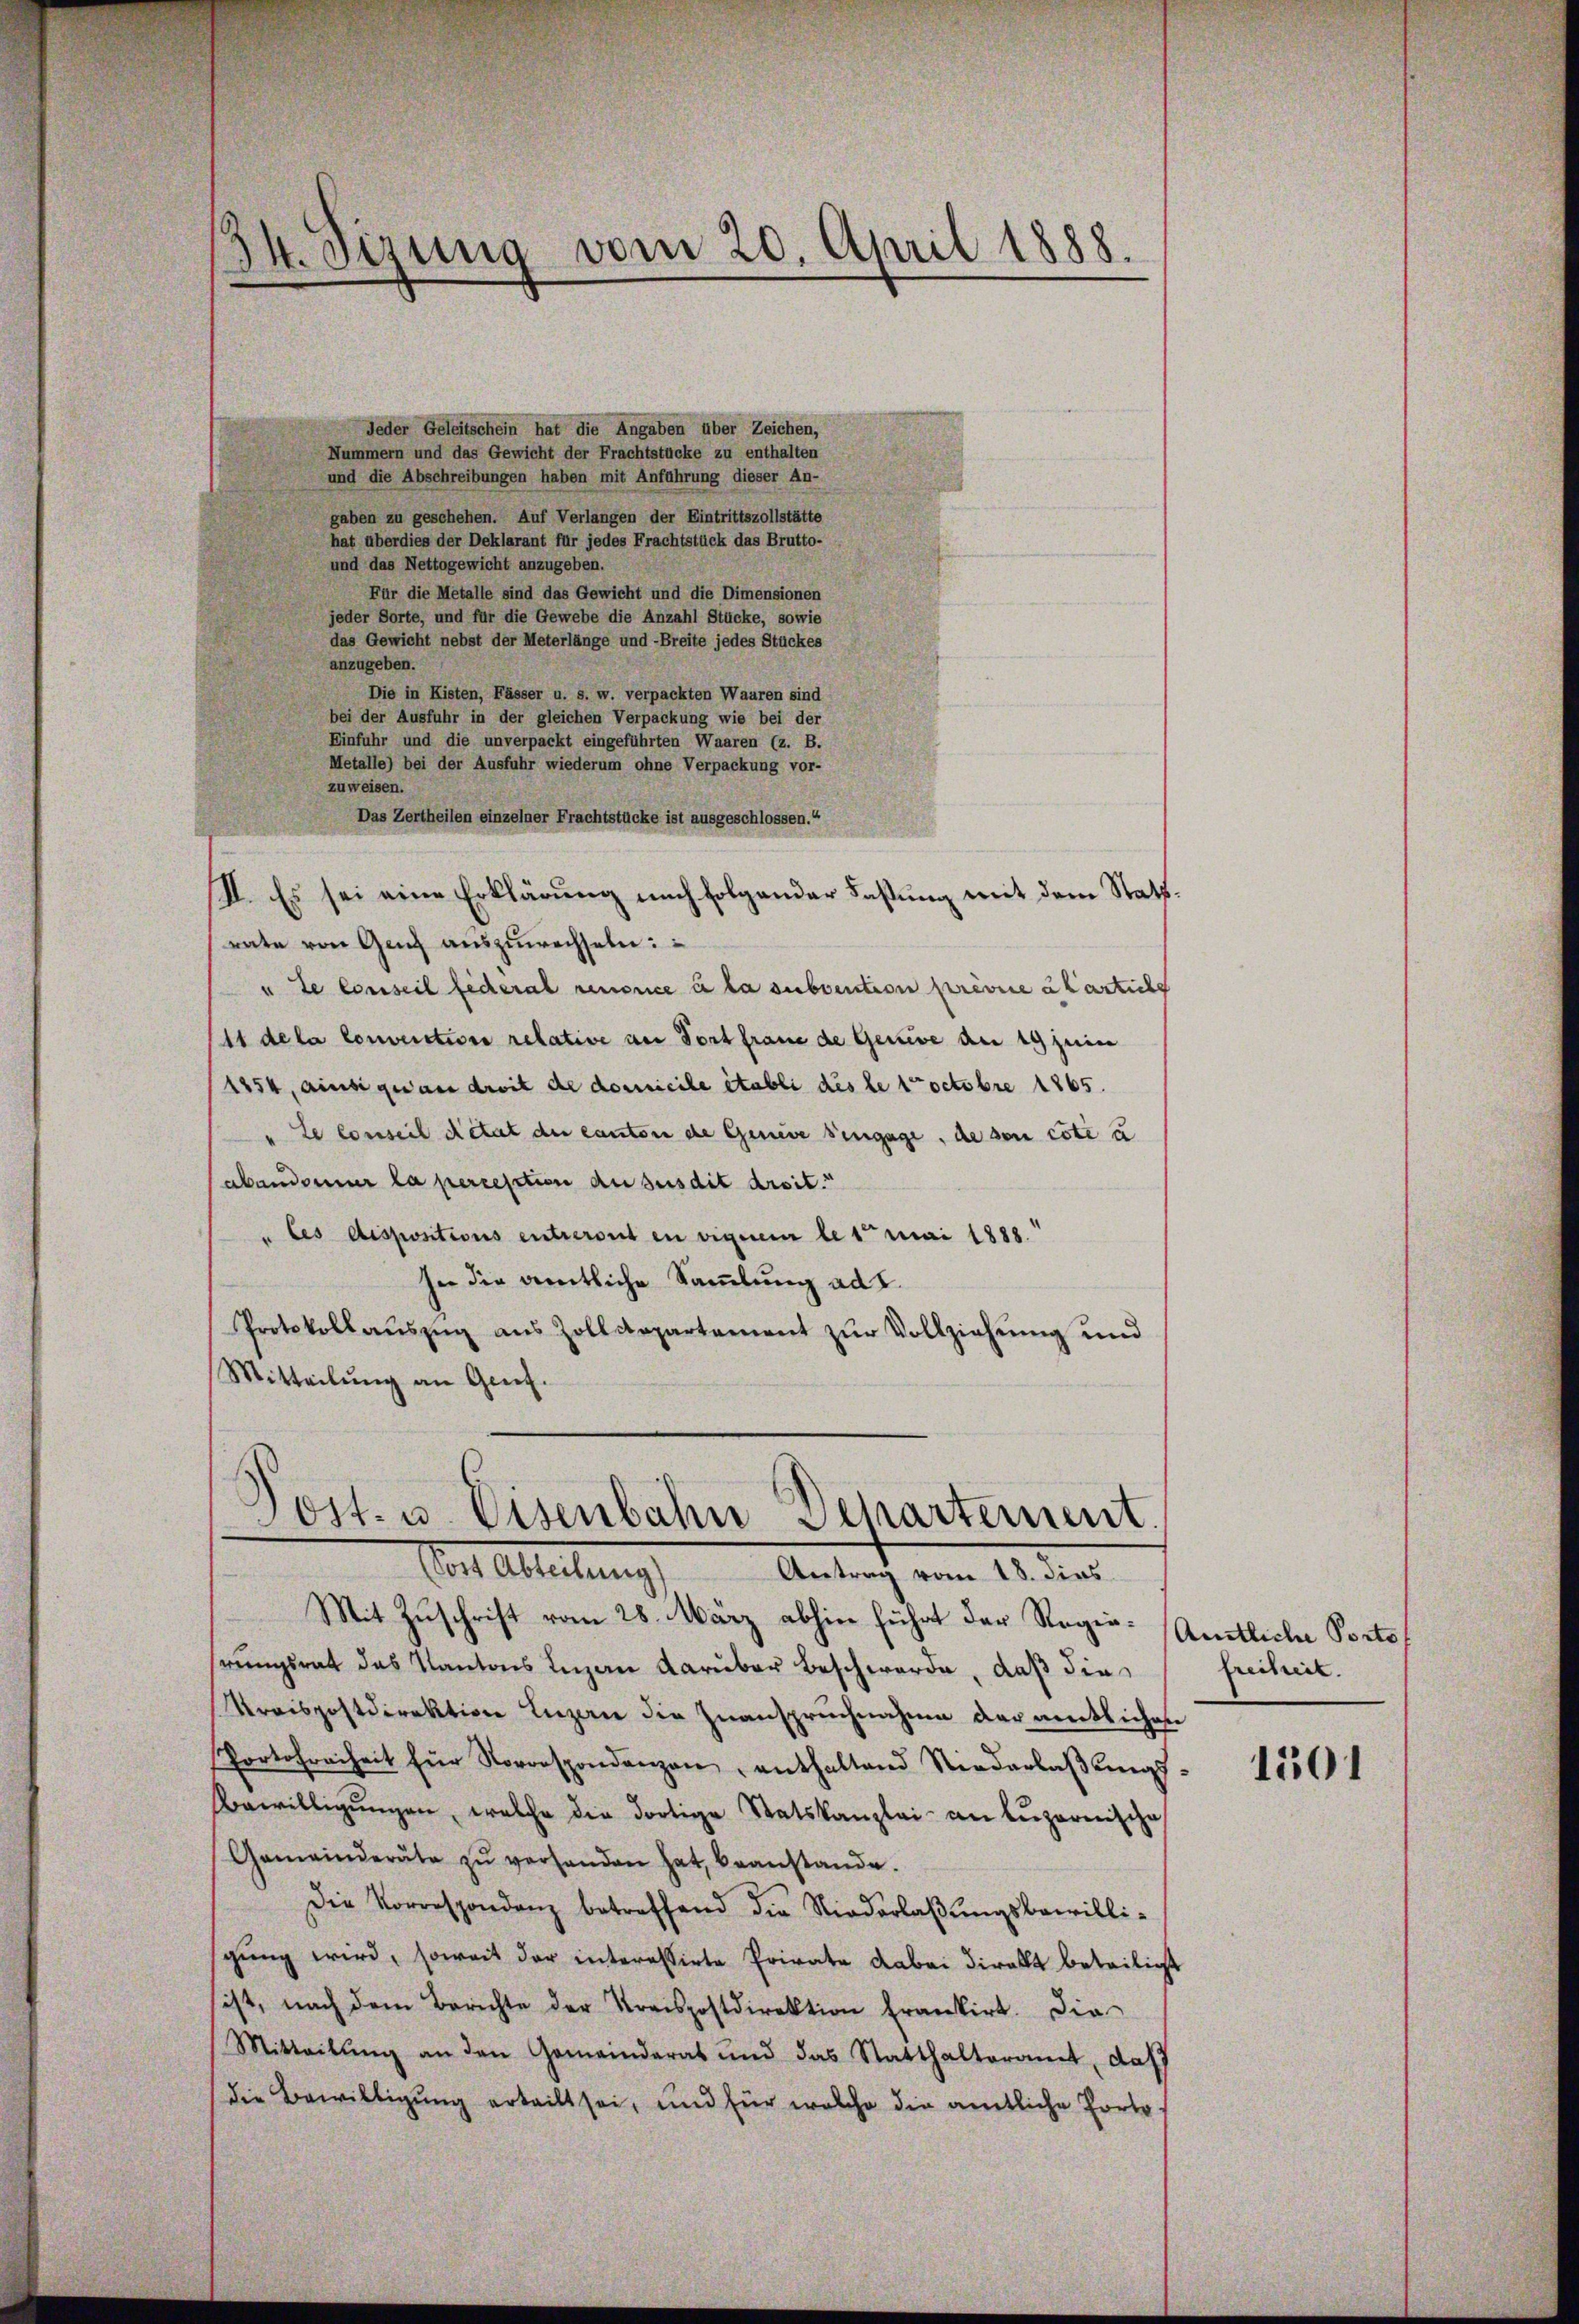
d
24. Sizung vom 20. April 1888.

Jeder Geleitschein hat die Angaben über Zeichen,
Nummern und das Gewicht der Frachtstücke zu enthalten
und die Abschreibungen haben mit Anführung dieser An-
gaben zu geschehen. Auf Verlangen der Eintrittszollstätte
hat überdies der Deklarant für jedes Frachtstück das Brutto-
und das Nettogewicht anzugeben.
Für die Metalle sind das Gewicht und die Dimensionen
jeder Sorte, und für die Gewebe die Anzahl Stücke, sowie
das Gewicht nebst der Meterlänge und -Breite jedes Stückes
anzugeben.
Die in Kisten, Fässer u. s. w. verpackten Waaren sind
bei der Ausfuhr in der gleichen Verpackung wie bei der
Einfuhr und die unverpackt eingeführten Waaren (z. B.
Metalle) bei der Ausfuhr wiederum ohne Verpackung vor-
zuweisen.
Das Zertheilen einzelner Frachtstücke ist ausgeschlossen.“
rate von Ganz auszuwechseln:
ute Conseil federal renonce à la subvention prévice abarliche
11 de la Convention relative an Fortfraue de Genive du 19 juin
1254, ainsi quam droit de domicile établi des le toctobre 1865.
"Le conseil détat der Canton de Geneve engage, de son cote u
abandoner la percestion au susdit droit.“
" les dispositions entreront in eigenem les mai 1888.
sie die amtliche Sammlung ad 2.
Protokollauszug aus Zolldepartement zur Vollziehung und
Mitteilung an Genf.

II. Es sei eine Erklärung nach folgender Fassung mit dem Statt¬

Post- u. Eisenbahn Departement.
Vor Abteilung,
Antrag vom 18. dies

Mit Zuschrift vom 28. März abhin führt der Regiehrungsrat das Kantons Luzen darüber Beschwerde, daß dies
Kreispostdirektion Luzen die Zuanspruchnahme der amtlichen
Portofreiheit für Korrespondenzen enthaltend Niederlaβŭngs-
Bewilligŭngen, welche die dortige Statskanzlei- an Lŭzernische
Gemeinderäte zŭ verhanden hat, beanstande.
Die Korrespondenz betreffend die Niederlaβŭngsbewilli-
sgŭng wird, soweit der interessirte Private dabei direkt beteiligt
ist, nach dem Berichte der Kreispostdirektion frankirt. Die
Mitteilŭng an den Gemeinderat und das Statthalteramt, daß
die Bewilligung erteilt sei, und für welche die amtliche Porto¬

Amtliche Porte
freiheit.

1501